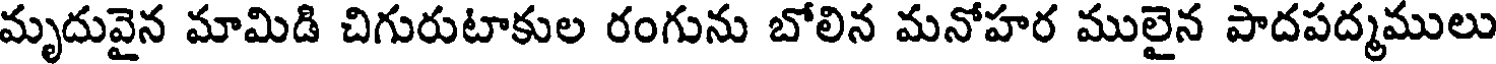
మృదువైన మామిడి చిగురుటాకుల రంగును బోలిన మనోహర ములైన పాదపద్మములు